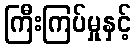
ကြီးကြပ်မှုနှင့်